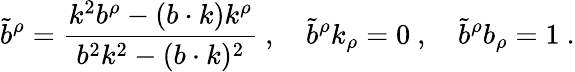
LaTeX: \tilde{b}^{\rho}={\frac{k^{2}b^{\rho}-(b\cdot k)k^{\rho}}{b^{2}k^{2}-(b\cdot k)^{2}}}\ ,\quad\tilde{b}^{\rho}k_{\rho}=0\ ,\quad\tilde{b}^{\rho}b_{\rho}=1\ .